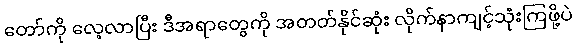
တော်ကို လေ့လာပြီး ဒီအရာတွေကို အတတ်နိုင်ဆုံး လိုက်နာကျင့်သုံးကြဖို့ပဲ